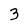
Character: 3